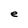
Character: e